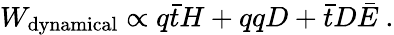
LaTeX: W_{\mathrm{dynamical}}\propto q\bar{t}H+qqD+\bar{t}D\bar{E}\ .